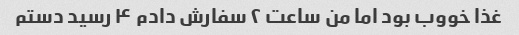
غذا خووب بود اما من ساعت ۲ سفارش دادم ۴ رسید دستم